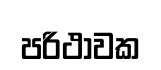
පරිථාවක